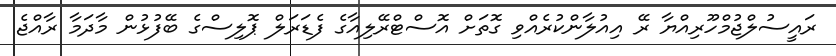
ރައީސުލްޖުމްހޫރިއްޔާ ރޭ އިއުލާންކުރެއްވި ގޮތަށް އޮސްޓްރޭލިއާގެ ފެޑަރަލް ޕޮލިސްގެ ބޭފުޅުން މާދަމާ ރާއްޖެ